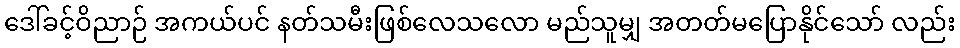
ဒေါ်ခင့်ဝိညာဉ် အကယ်ပင် နတ်သမီးဖြစ်လေသလော မည်သူမျှ အတတ်မပြောနိုင်သော် လည်း